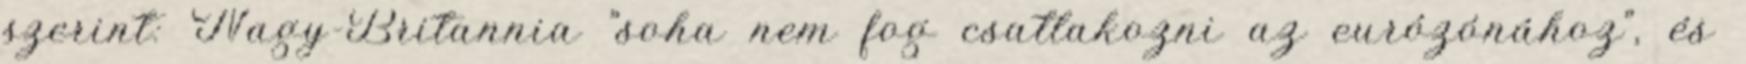
szerint: Nagy-Britannia "soha nem fog csatlakozni az eurózónához", és